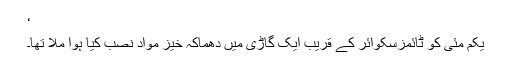
‘
یکم مئی کو ٹائمزسکوائر کے قریب ایک گاڑی میں دھماکہ خیز مواد نصب کیا ہوا ملا تھا۔